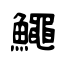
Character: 鱦